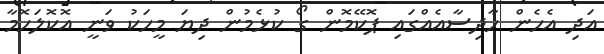
އަދި އެހެން ހާދިސާއެއްގައި ޕޮކޭމޮން ގޯ ކުޅެމުން ދިޔަ މީހަކު ވަނީ އޮކޮލަހޮމާ